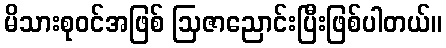
မိသားစုဝင်အဖြစ် ဩဇာညောင်းပြီးဖြစ်ပါတယ်။